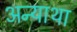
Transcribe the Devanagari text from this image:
अन्याथा